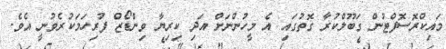
މައިކްރޮސޮފްޓުން ގަބޫލްކުރާ ގޮތުގައި އެ މީހުންނަށް އަދި ކިރިޔާ ވިންޑޯޒް ފުރިހަމަކުރެވުނީ އެވެ.